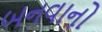
બનવાનો